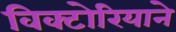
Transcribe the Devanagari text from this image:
विक्टोरियाने